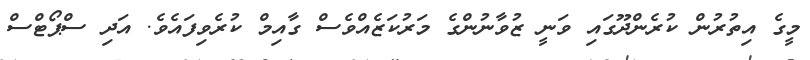
މީގެ އިތުރުން ކުރެންދޫގައި ވަނީ ޒުވާނުންގެ މަރުކަޒެއްވެސް ގާއިމް ކުރެވިފައެވެ. އަދި ސްޕޯޓްސް